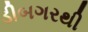
ડીબગરથી